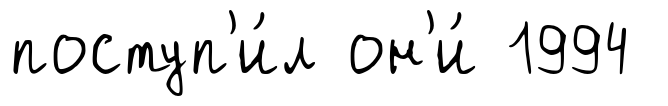
поступ'и́л он'и́ 1994